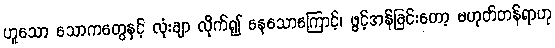
ဟူသော သောကတွေနှင့် လုံးချာ လိုက်၍ နေသောကြောင့်၊ ဖွင့်အန်ခြင်းတော့ မဟုတ်တန်ရာဟု